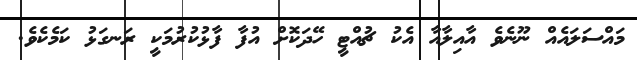
މައްސަލައެއް ނޫނެވެ އާއިލާއާ އެކު ޗުއްޓީ ހޭދަކޮށް އުފާ ފާޅުކުރުމަކީ ރަނގަޅު ކަމެކެވެ.